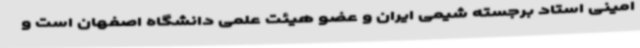
امینی استاد برجسته شیمی ایران و عضو هیئت علمی دانشگاه اصفهان است و